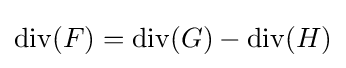
\mathrm {div} (F)=\mathrm {div} (G)-\mathrm {div} (H)